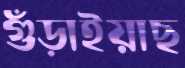
গুঁড়াইয়াছ